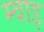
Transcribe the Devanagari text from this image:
म्वाइ